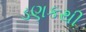
ડણકથી